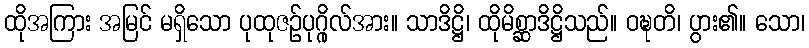
ထိုအကြား အမြင် မရှိသော ပုထုဇဉ်ပုဂ္ဂိုလ်အား။ သာဒိဋ္ဌိ၊ ထိုမိစ္ဆာဒိဋ္ဌိသည်။ ဝဍ္ဎတိ၊ ပွား၏။ သော၊